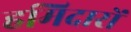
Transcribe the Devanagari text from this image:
हमिदारों